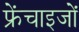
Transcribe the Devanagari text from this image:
फ्रेंचाइजों